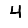
Digit: 4